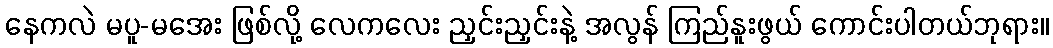
နေကလဲ မပူ-မအေး ဖြစ်လို့ လေကလေး ညှင်းညှင်းနဲ့ အလွန် ကြည်နူးဖွယ် ကောင်းပါတယ်ဘုရား။